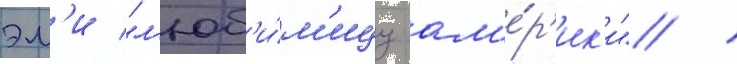
эм'и "л'юб'и́м'ицу ам'е́р'ик'и" /